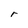
Character: r